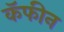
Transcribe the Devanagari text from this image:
कॅफीन